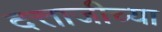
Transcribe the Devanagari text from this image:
दत्ताजीच्या